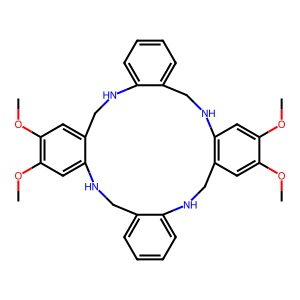
SMILES: COc1cc2c(cc1OC)NCc1ccccc1NCc1cc(OC)c(OC)cc1NCc1ccccc1NC2
Inhibits HIV replication: No